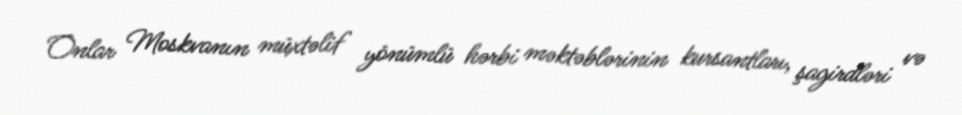
Onlar Moskvanın müxtəlif yönümlü hərbi məktəblərinin kursantları, şagirdləri və